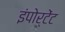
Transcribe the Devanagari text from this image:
इंपोर्टेंट